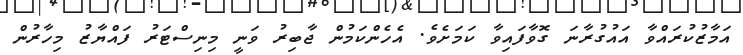
އަމާޒުކުރައްވާ އައުގުރާނަ ގޮވާފައިވާ ކަމަށެވެ. އެހެންކަމުން ޖާބިރު ވަނީ މިނިސްޓަރު ފައްޔާޒު މިހާރުން